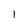
Character: l